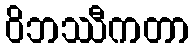
ဝိဘဿီကတာ